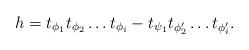
LaTeX: \begin{align*}h=t_{\phi_1} t_{\phi_2} \ldots t_{\phi_{i}} - t_{\psi_1} t_{\phi'_2} \ldots t_{\phi'_{i}}.\end{align*}